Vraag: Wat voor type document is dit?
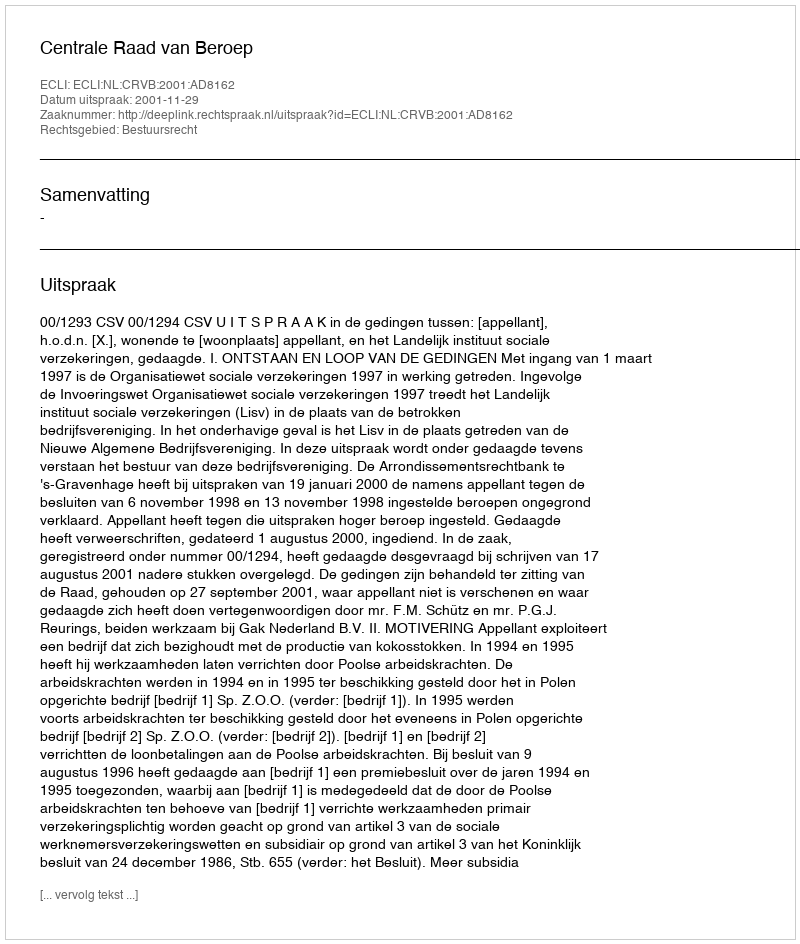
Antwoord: Uitspraak